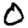
Digit: 0